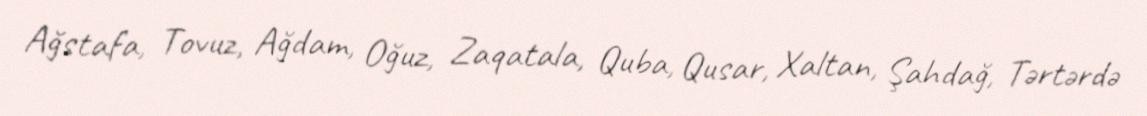
Ağstafa, Tovuz, Ağdam, Oğuz, Zaqatala, Quba, Qusar, Xaltan, Şahdağ, Tərtərdə